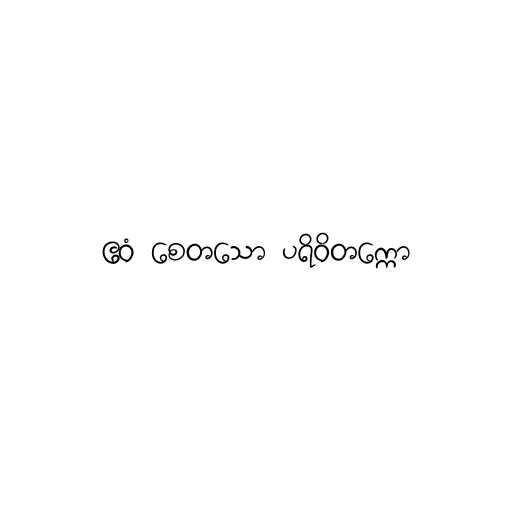
ဧဝံ စေတသော ပရိဝိတက္ကော